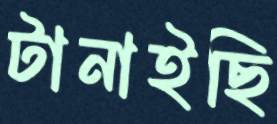
টানাইছি